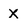
Character: X